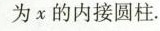
为x的内接圆柱。